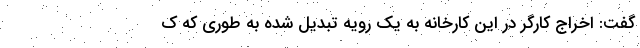
گفت: اخراج کارگر در این کارخانه به یک رویه تبدیل شده به طوری که ک